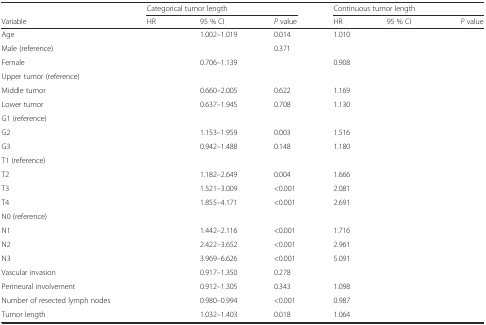
<table><thead><tr><td>[EMPTY_CELL]</td><td colspan="3"><b>Categorical tumor length</b></td><td colspan="3"><b>Continuous tumor length</b></td></tr><tr><td><b>Variable</b></td><td><b>HR</b></td><td><b>95 % CI</b></td><td><b><i>P</i> value</b></td><td><b>HR</b></td><td><b>95 % CI</b></td><td><b><i>P</i> value</b></td></tr></thead><tbody><tr><td>Age</td><td>[EMPTY_CELL]</td><td>1.002–1.019</td><td>0.014</td><td>1.010</td><td>[EMPTY_CELL]</td><td>[EMPTY_CELL]</td></tr><tr><td>Male (reference)</td><td>[EMPTY_CELL]</td><td>[EMPTY_CELL]</td><td>0.371</td><td>[EMPTY_CELL]</td><td>[EMPTY_CELL]</td><td>[EMPTY_CELL]</td></tr><tr><td>Female</td><td>[EMPTY_CELL]</td><td>0.706–1.139</td><td>[EMPTY_CELL]</td><td>0.908</td><td>[EMPTY_CELL]</td><td>[EMPTY_CELL]</td></tr><tr><td>Upper tumor (reference)</td><td>[EMPTY_CELL]</td><td>[EMPTY_CELL]</td><td>[EMPTY_CELL]</td><td>[EMPTY_CELL]</td><td>[EMPTY_CELL]</td><td>[EMPTY_CELL]</td></tr><tr><td>Middle tumor</td><td>[EMPTY_CELL]</td><td>0.660–2.005</td><td>0.622</td><td>1.169</td><td>[EMPTY_CELL]</td><td>[EMPTY_CELL]</td></tr><tr><td>Lower tumor</td><td>[EMPTY_CELL]</td><td>0.637–1.945</td><td>0.708</td><td>1.130</td><td>[EMPTY_CELL]</td><td>[EMPTY_CELL]</td></tr><tr><td>G1 (reference)</td><td>[EMPTY_CELL]</td><td>[EMPTY_CELL]</td><td>[EMPTY_CELL]</td><td>[EMPTY_CELL]</td><td>[EMPTY_CELL]</td><td>[EMPTY_CELL]</td></tr><tr><td>G2</td><td>[EMPTY_CELL]</td><td>1.153–1.959</td><td>0.003</td><td>1.516</td><td>[EMPTY_CELL]</td><td>[EMPTY_CELL]</td></tr><tr><td>G3</td><td>[EMPTY_CELL]</td><td>0.942–1.488</td><td>0.148</td><td>1.180</td><td>[EMPTY_CELL]</td><td>[EMPTY_CELL]</td></tr><tr><td>T1 (reference)</td><td>[EMPTY_CELL]</td><td>[EMPTY_CELL]</td><td>[EMPTY_CELL]</td><td>[EMPTY_CELL]</td><td>[EMPTY_CELL]</td><td>[EMPTY_CELL]</td></tr><tr><td>T2</td><td>[EMPTY_CELL]</td><td>1.182–2.649</td><td>0.004</td><td>1.666</td><td>[EMPTY_CELL]</td><td>[EMPTY_CELL]</td></tr><tr><td>T3</td><td>[EMPTY_CELL]</td><td>1.521–3.009</td><td>&lt;0.001</td><td>2.081</td><td>[EMPTY_CELL]</td><td>[EMPTY_CELL]</td></tr><tr><td>T4</td><td>[EMPTY_CELL]</td><td>1.855–4.171</td><td>&lt;0.001</td><td>2.691</td><td>[EMPTY_CELL]</td><td>[EMPTY_CELL]</td></tr><tr><td>N0 (reference)</td><td>[EMPTY_CELL]</td><td>[EMPTY_CELL]</td><td>[EMPTY_CELL]</td><td>[EMPTY_CELL]</td><td>[EMPTY_CELL]</td><td>[EMPTY_CELL]</td></tr><tr><td>N1</td><td>[EMPTY_CELL]</td><td>1.442–2.116</td><td>&lt;0.001</td><td>1.716</td><td>[EMPTY_CELL]</td><td>[EMPTY_CELL]</td></tr><tr><td>N2</td><td>[EMPTY_CELL]</td><td>2.422–3.652</td><td>&lt;0.001</td><td>2.961</td><td>[EMPTY_CELL]</td><td>[EMPTY_CELL]</td></tr><tr><td>N3</td><td>[EMPTY_CELL]</td><td>3.969–6.626</td><td>&lt;0.001</td><td>5.091</td><td>[EMPTY_CELL]</td><td>[EMPTY_CELL]</td></tr><tr><td>Vascular invasion</td><td>[EMPTY_CELL]</td><td>0.917–1.350</td><td>0.278</td><td>[EMPTY_CELL]</td><td>[EMPTY_CELL]</td><td>[EMPTY_CELL]</td></tr><tr><td>Perineural involvement</td><td>[EMPTY_CELL]</td><td>0.912–1.305</td><td>0.343</td><td>1.098</td><td>[EMPTY_CELL]</td><td>[EMPTY_CELL]</td></tr><tr><td>Number of resected lymph nodes</td><td>[EMPTY_CELL]</td><td>0.980–0.994</td><td>&lt;0.001</td><td>0.987</td><td>[EMPTY_CELL]</td><td>[EMPTY_CELL]</td></tr><tr><td>Tumor length</td><td>[EMPTY_CELL]</td><td>1.032–1.403</td><td>0.018</td><td>1.064</td><td>[EMPTY_CELL]</td><td>[EMPTY_CELL]</td></tr></tbody></table>